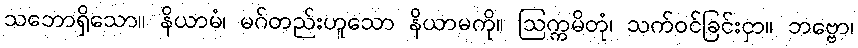
သဘောရှိသော။ နိယာမံ၊ မဂ်တည်းဟူသော နိယာမကို။ ဩက္ကမိတုံ၊ သက်ဝင်ခြင်းငှာ။ ဘဗ္ဗော၊